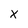
Character: X